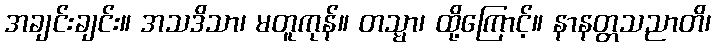
အချင်းချင်း။ အသဒိသာ၊ မတူကုန်။ တသ္မာ၊ ထို့ကြောင့်။ နာနတ္တသညာတိ၊